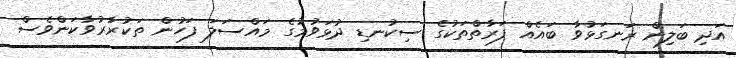
އަދި ބަލިން ރަނގަޅުވާ ބައެއް ފަރާތްތަކުގެ ސިކުނޑި ދުޅަވުމުގެ މައްސަލަ ފަހުން ތަކުރާރުވާކަންވެސް